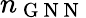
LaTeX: n_{\mathrm{~G~N~N~}}